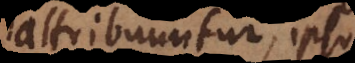
attribuuntur, ipso